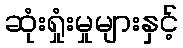
ဆုံးရှုံးမှုများနှင့်